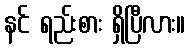
နင် ရည်းစား ရှိပြီလား။